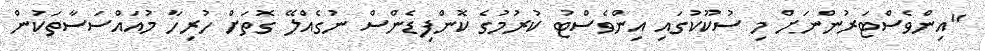
"އިންވެސްޓަރުންނަށް މި ސުކޫކުގައި އިންވެސްޓު ކުރުމުގެ ކޮންފިޑެންސް ނުގެއްލޭ ގޮތަށް ހުރިހާ މުއައްސަސާތަކުން